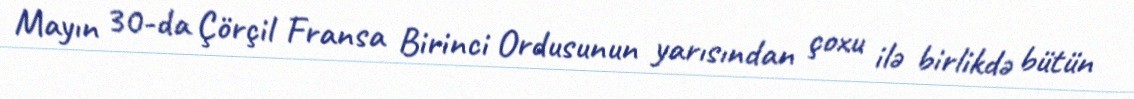
Mayın 30-da Çörçil Fransa Birinci Ordusunun yarısından çoxu ilə birlikdə bütün